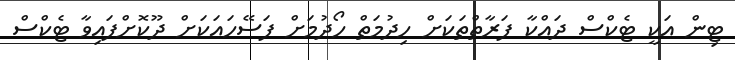
ޓިން އަކީ ޓެކްސް ދައްކާ ފަރާތްތަކަށް ހިދުމަތް ހޯދުމަށް ފަސޭހައަކަށް ދޫކޮށްފައިވާ ޓެކްސް